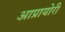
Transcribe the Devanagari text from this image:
आप्रायोरी